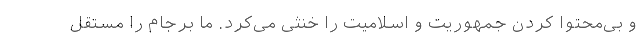
و بی‌محتوا کردن جمهوریت و اسلامیت را خنثی می‌کرد. ما برجام را مستقل